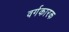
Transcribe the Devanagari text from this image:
वर्गकारक